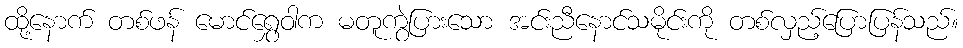
ထို့နောက် တစ်ဖန် မောင်ရွှေဝါက မတူကွဲပြားသော အင်းညီနောင်သမိုင်းကို တစ်လှည့်ပြောပြန်သည်။